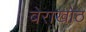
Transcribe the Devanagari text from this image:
बेराखोठ